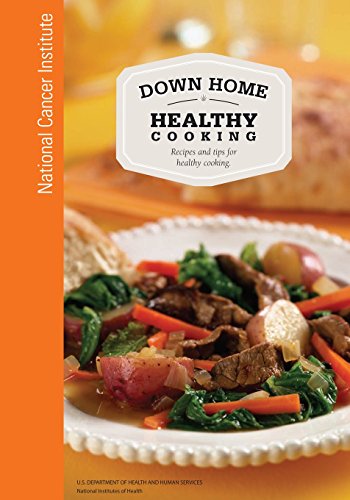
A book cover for Down Home Healthy Cooking:  Recipes and Tips for Healthy Cooking; National Cancer Institute; Cookbooks, Food & Wine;